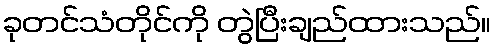
ခုတင်သံတိုင်ကို တွဲပြီးချည်ထားသည်။